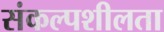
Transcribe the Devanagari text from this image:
संकल्पशीलता